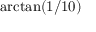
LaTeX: \arctan ( 1 / 1 0 )